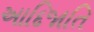
આદિજાતિ